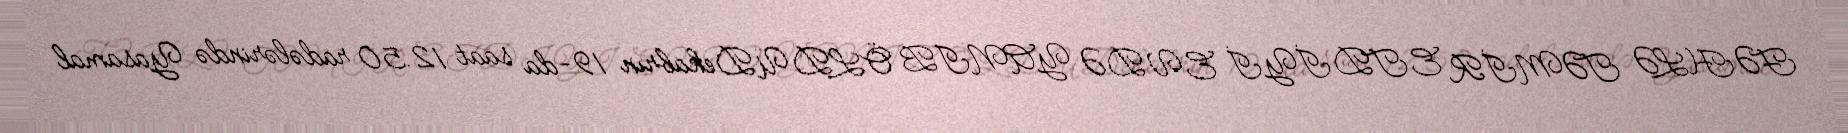
FƏHLƏ TƏMİR ETDİYİ EVDƏ YANIB ÖLDÜDekabrın 19-da saat 12.50 radələrində Yasamal